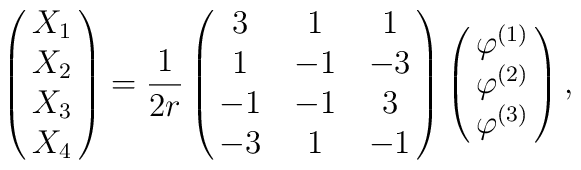
\pmatrix{X_1\cr X_2\cr X_3\cr X_4}=\frac{1}{2r}\pmatrix{3 & 1 &  1 \cr                     1 & -1& -3 \cr                     -1& -1&  3 \cr                     -3& 1 & -1 }\pmatrix{\varphi^{(1)}\cr \varphi^{(2)}\cr \varphi^{(3)}} ,